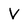
Character: V